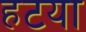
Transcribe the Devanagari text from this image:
हटया